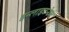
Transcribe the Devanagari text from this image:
इन्लाइटनेण्ट